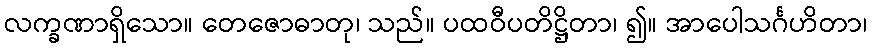
လက္ခဏာရှိသော။ တေဇောဓာတု၊ သည်။ ပထဝီပတိဋ္ဌိတာ၊ ၍။ အာပေါသင်္ဂဟိတာ၊